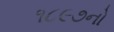
૧૮૯૭નો